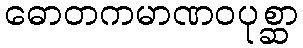
ဓောတကမာဏဝပုစ္ဆာ